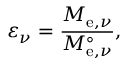
\varepsilon _ { \nu } = { \frac { M _ { \mathrm { e } , \nu } } { M _ { \mathrm { e } , \nu } ^ { \circ } } } ,